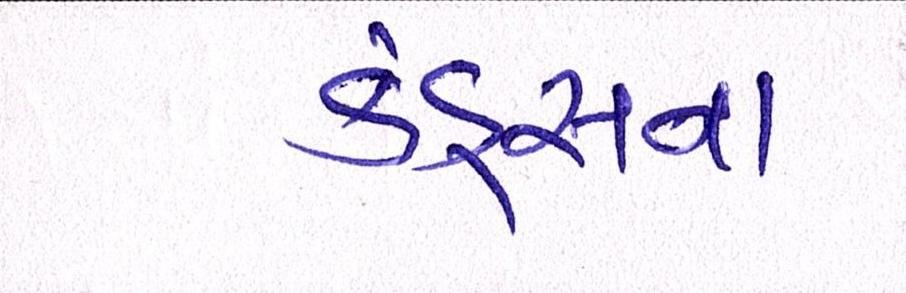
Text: ફંડ્સના